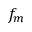
f _ { m }